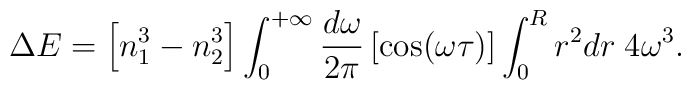
\Delta E = \left[ n_1^3 - n_2^3 \right] \int_{0}^{+\infty} {d\omega\over2\pi}\left[ \cos(\omega\tau) \right] \int_0^R r^2 dr \; 4  \omega^3.